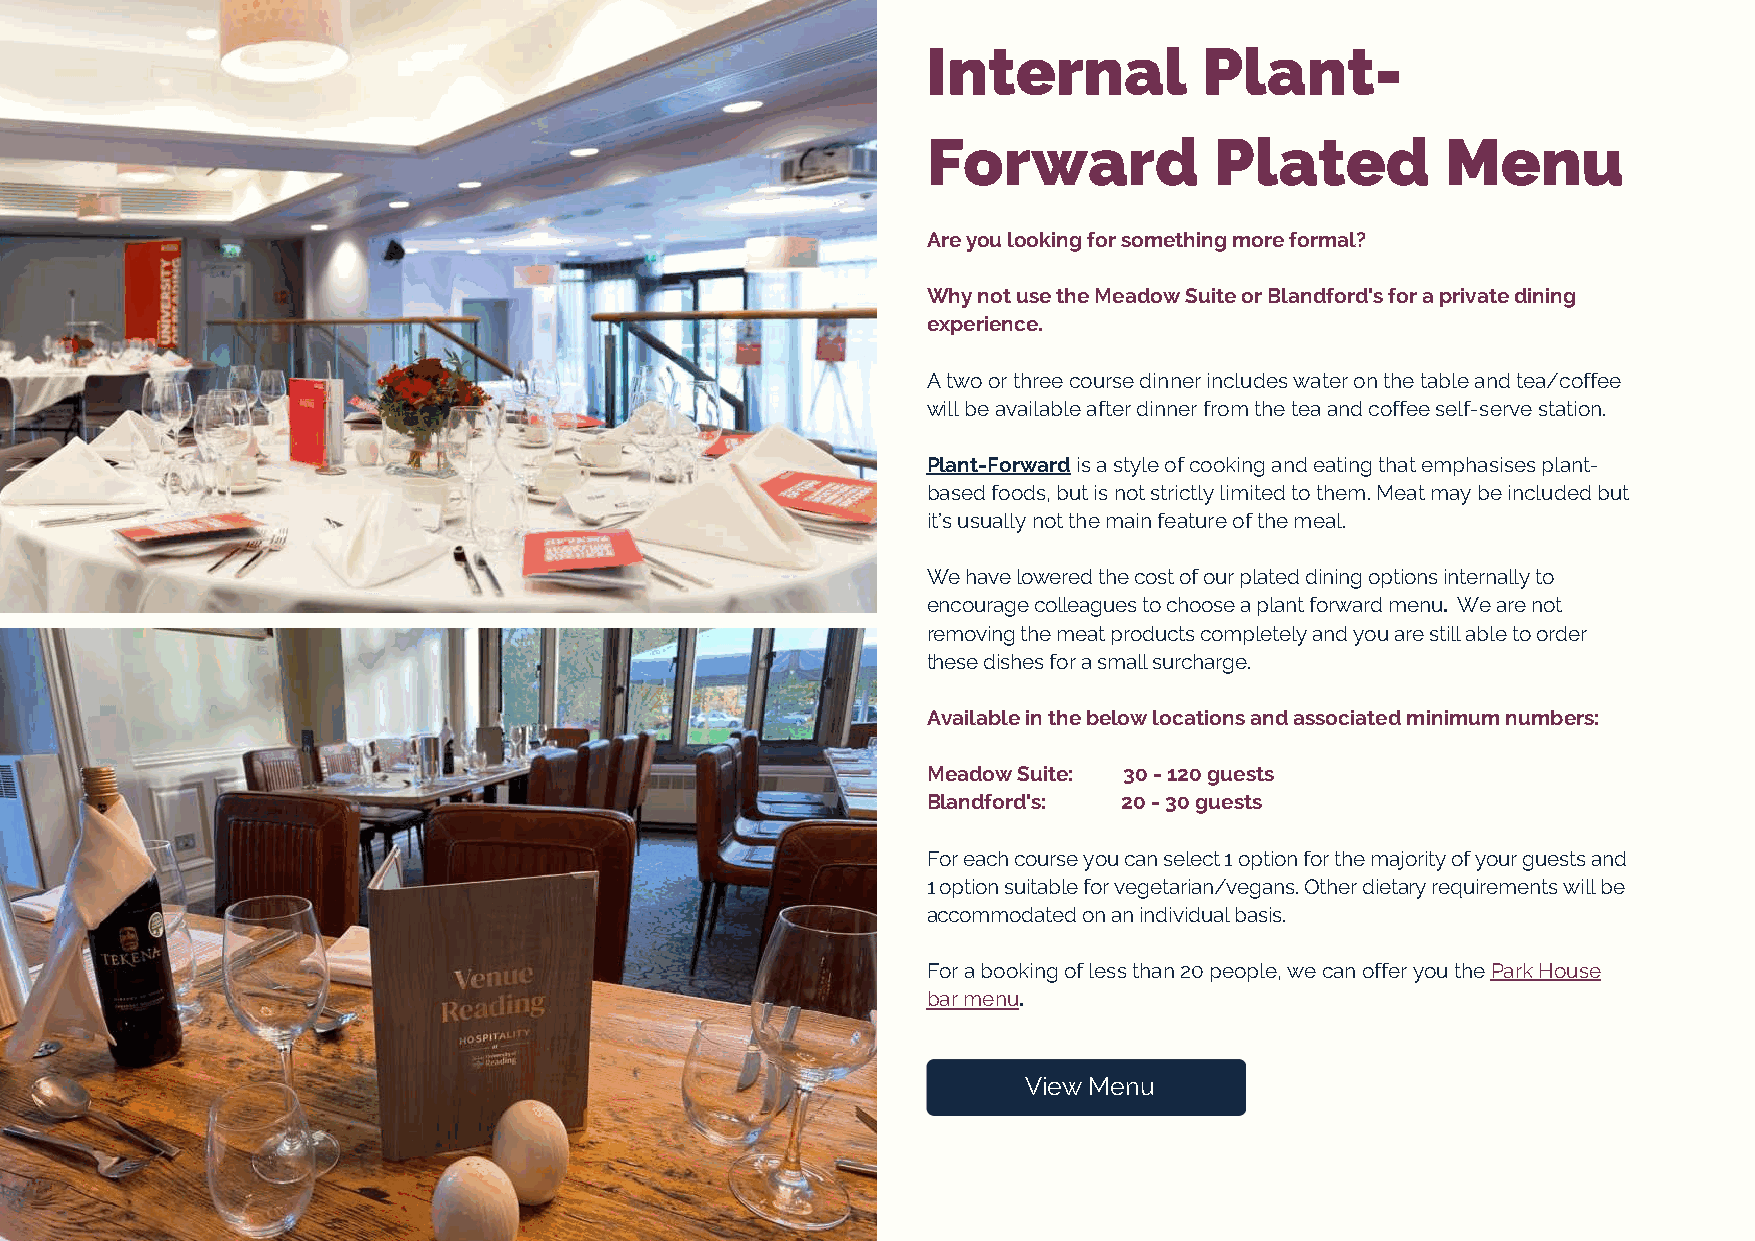
Internal           Plant-
 Forward            Plated          Menu
 Are you looking for something more formal?
 Why not use the Meadow Suite or Blandford's for a private dining
 experience.
 A two or three course dinner includes water on the table and tea/coffee
 will be available after dinner from the tea and coffee self-serve station.
 Plant-Forward is a style of cooking and eating that emphasises plant-
 based foods, but is not strictly limited to them. Meat may be included but
 it’s usually not the main feature of the meal.
 We have lowered the cost of our plated dining options internally to
 encourage colleagues to choose a plant forward menu. We are not
 removing the meat products completely and you are still able to order
 these dishes for a small surcharge.
 Available in the below locations and associated minimum numbers:
 Meadow Suite: 30 - 120 guests
 Blandford's: 20 - 30 guests
 For each course you can select 1 option for the majority of your guests and
 1 option suitable for vegetarian/vegans. Other dietary requirements will be
 accommodated on an individual basis.
 For a booking of less than 20 people, we can offer you the Park House
 bar menu.
 View Menu